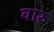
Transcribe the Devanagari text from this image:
वारु